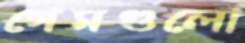
গেমগুলো